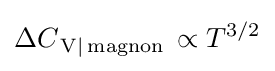
\Delta C_{\,{\rm {V|\,magnon}}}\,\propto T^{3/2}